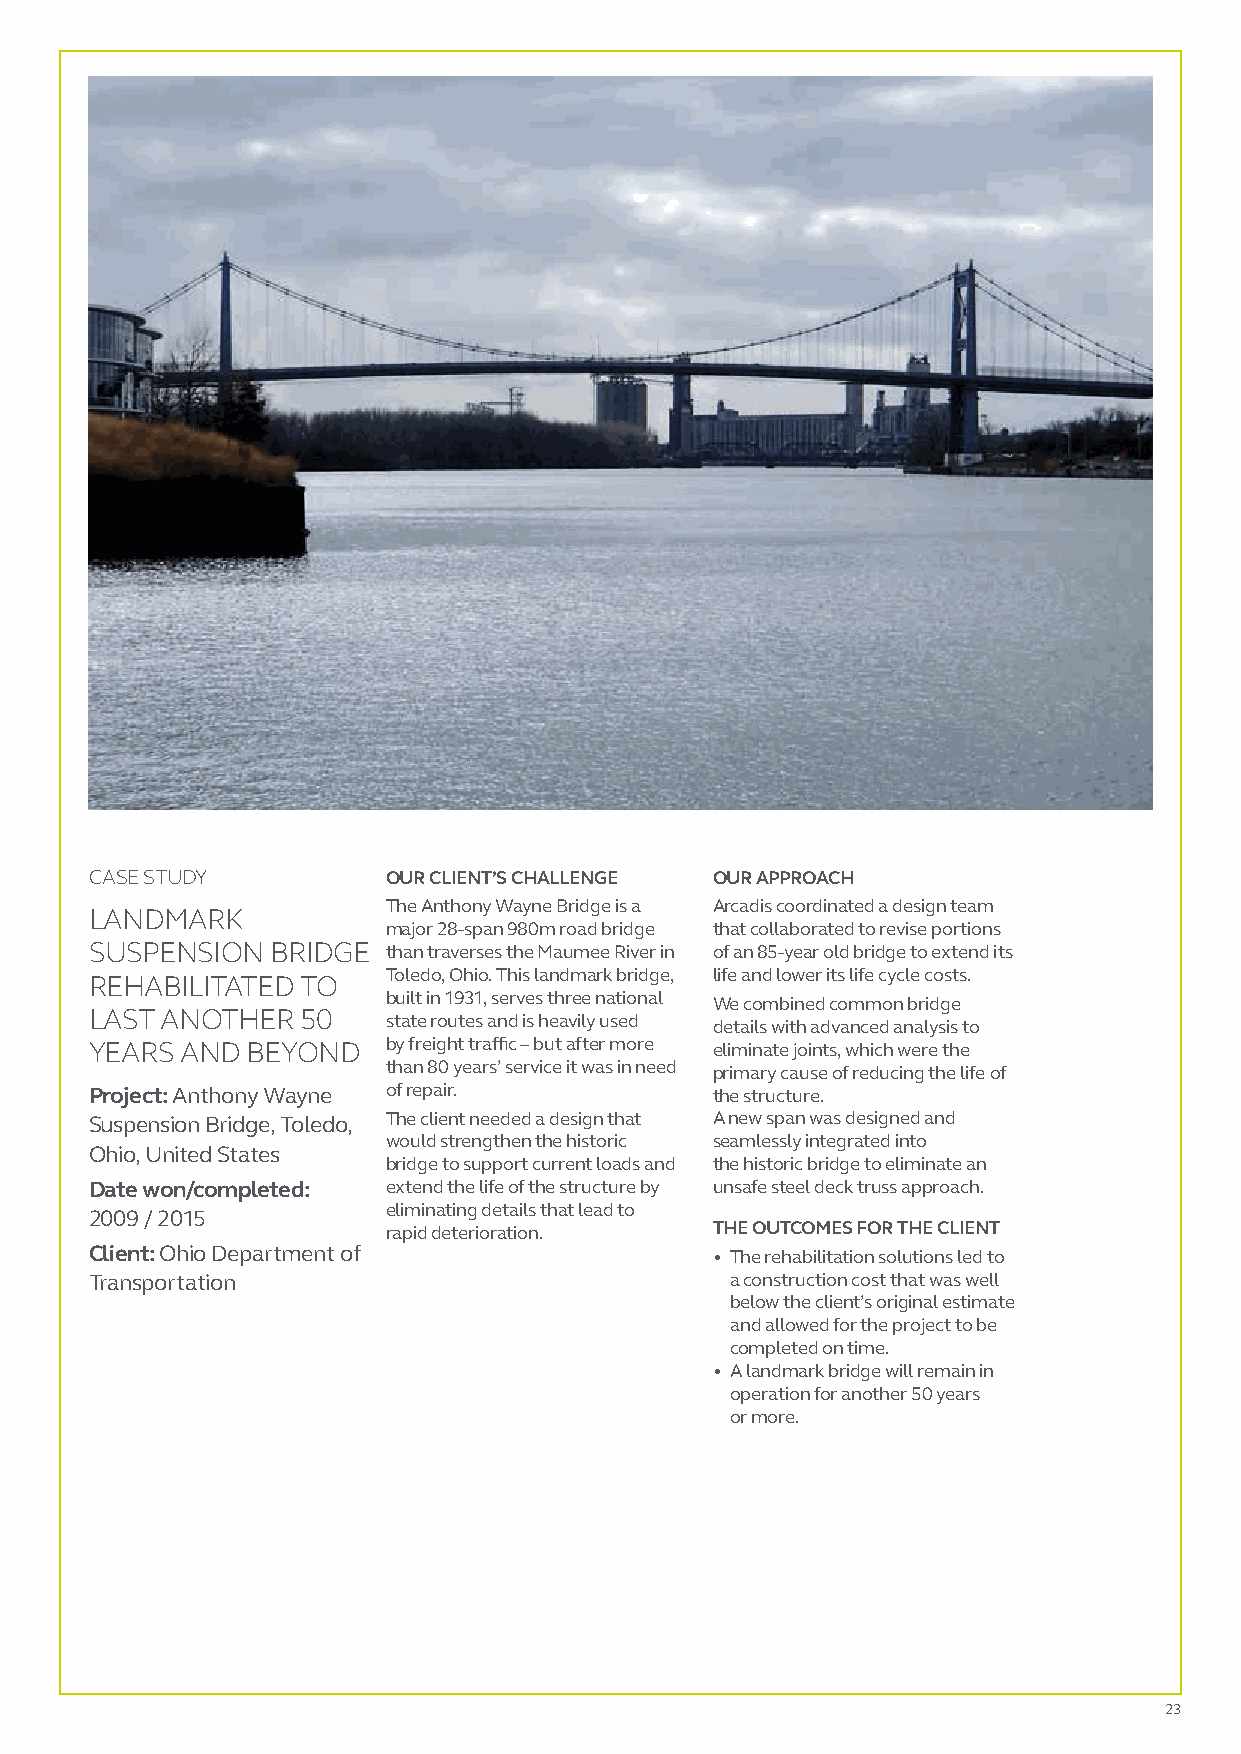
CASE STUDY          OUR CLIENT’S CHALLENGE OUR APPROACH
 The Anthony Wayne Bridge is a Arcadis coordinated a design team
 LANDMARK
 major 28-span 980m road bridge that collaborated to revise portions
 SUSPENSION  BRIDGE  than traverses the Maumee River in of an 85-year old bridge to extend its
 Toledo, Ohio. This landmark bridge, life and lower its life cycle costs.
 REHABILITATED TO
 built in 1931, serves three national We combined common bridge
 LAST ANOTHER  50    state routes and is heavily used details with advanced analysis to
 YEARS AND BEYOND    by freight traffic – but after more eliminate joints, which were the
 than 80 years’ service it was in need primary cause of reducing the life of
 Project: Anthony Wayne of repair.        the structure.
 Suspension Bridge, Toledo, The client needed a design that A new span was designed and
 would strengthen the historic seamlessly integrated into
 Ohio, United States
 bridge to support current loads and the historic bridge to eliminate an
 Date won/completed: extend the life of the structure by unsafe steel deck truss approach.
 eliminating details that lead to
 2009 / 2015
 rapid deterioration. THE OUTCOMES FOR THE CLIENT
 Client: Ohio Department of               • T he rehabilitation solutions led to
 Transportation                            a construction cost that was well
 below the client’s original estimate
 and allowed for the project to be
 completed on time.
 • A landmark bridge will remain in
 operation for another 50 years
 or more.
 23